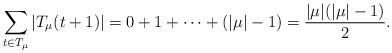
LaTeX: \begin{align*}\sum_{t \in T_\mu} |T_\mu(t+1)|=0 + 1 + \cdots + (|\mu|-1)=\frac{|\mu|(|\mu|-1)}{2}.\end{align*}